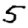
Digit: 5